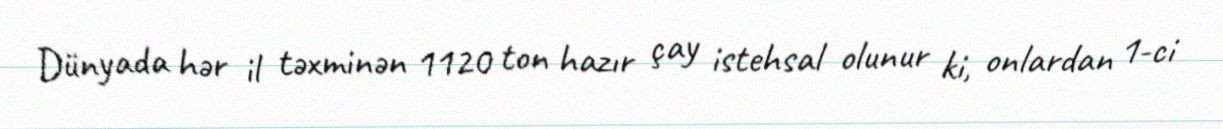
Dünyada hər il təxminən 1120 ton hazır çay istehsal olunur ki, onlardan 1-ci